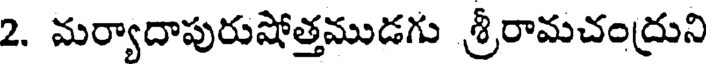
2. మర్యాదాపురుషోత్తముడగు శ్రీరామచంద్రుని